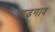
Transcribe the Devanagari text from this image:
मढ़गाव